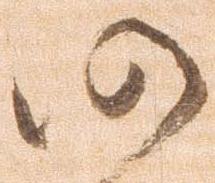
仍